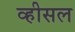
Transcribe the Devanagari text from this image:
व्हीसल